Report on plague and inoculation in the Punjab from October 1st ... to September 30th..., being the ... season of plague in the province
Disease focus: Plague
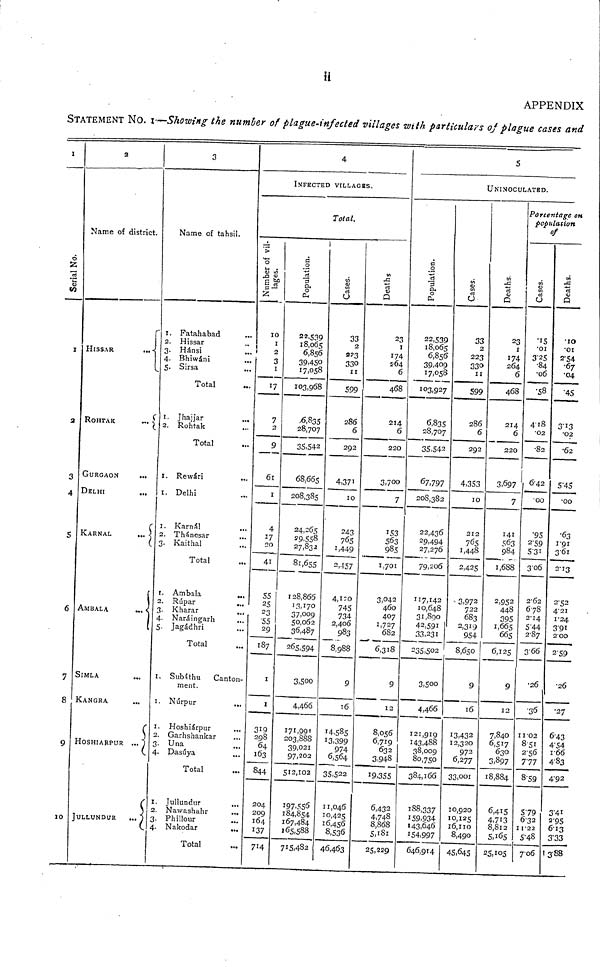
ii
APPENDIX
STATEMENT NO. I-—Showing the number of plague-infected villages with particular's of plague cases and
I
Serial No.
1
s
3
4
S
6
7
S
9
10
2
Name of district.
HISSAR
...
ROHTAK
...
GURGAON
...
DELHI
KARKAL
...
AMBALA
SIMLA
...
KANGRA
HOSHIARPUR ...
JULLUNDUR
... 1
3
Name of tahsil.
1.
Fatahabad
...
2. Hissar
3. Hánsi
4. Bhiwáni
5. Sirsa
Total
1. Jhajjar
...
2. Rohtak
Total
I. Rewári
...
1. Delhi
1. Karnál
2. Thánesar
3. Kaithal
...
Total
1. Ambala
...
2. Rúpar
3. Kharar
...
4. Naráingarh
S. Jagádhri
Total
1. Subáthu
Canton-
ment.
1. Núrpur
1. Hoshiárpur
2. Garhshankar
3- Una
4. Dasúya
Total
1. Jullundur
...
2. Nawashahr
3. Phillour
4. Nakodar
...
Total
4
INFECTED VILLAGES.
Total.
Number of Villages.
10
1
3
1
7
2
9
61
1
4
27
20
41
55
25
23
55
29
187
1
1
319
298
64
163
844
204
209
164
137
714
Population.
22,539
18,065
6,856
39,450
17.058
103,968
6835
28,707
35,542
68,665
208,385
24,265
29,558
27,832
81,655
128,866
13,170
37,009
50,062
36,487
265,594
3,500
4,466
171,991
203,888
39,021
97,202
512,102
197,556
184,854
167,484
165,588
715,482
Cases.
33
2
223
330
11
599
286
6
292
4,371
10
243
765
1,449
2,-157
4,120
745
734
2,406
983
8,988
9
16
14,585
13,399
974
6,564
35,522
11,046
10,425
16,456
8,536
46,463
Deaths.
23
1
174
264
6
468
214
6
220
3,700
7
153
563
985
1,701
3,042
460
407
1,727
682
6,318
9
12
8,056
6,719
632
3,948
19,355
6,432
4,748
8,868
5,181
25,229
5
UNINOCULATBD.
Population.
22,539
18,065
6,856-
39,409
17,058
103,927
6,835
28,707
35,542
67,797
208,382
22,436
29,494
27,276
79,206
117,142
10,648
31,890
42,591
33,231
235,502
3,500
4,466
121,919
143,488
38,009
80,750
384,166
188,337
159.934
143,646
154,997
646,914
Cases.
33
2
223
330
11
599
286
6
292
4,353
10
212
765
1,448
2,425
3,972
722
683
2,319
954
8,650
9
16
13,432
12,320
972
6,277
33,001
10,920
10,125
16,110
8,490
45,645
Deaths.
23
1
174
264
6
468
214
6
220
3,697
7
141
563
984
1,688
2,952
448
395
1,665
665
6,125
9
12
7,840
6,517
630
3,S97
18,884
6,415
4,713
8,812
5,165
25,105
Porcentagc OH
population
of
Cases.
'15
•01
3.25
•84
•06
•58
418
•02
•82
6-42
•00
•95
2'59
5-31
306
2-62
678
2-14
5'44
287
366
•26
•36
11'02
8-51
2-56
777
8-59
579
632
1122
5-48
706
Deaths.
•10
•01
2-54
•67
•04
•45
3-13
•02
•62
5 -45
•00
•63
1-91
3'61
2-13
2'52
4-21
1-24
391
2'00
2-59
•26
•27
643
4-54
1-66
4'83
4-92
3'4i
2-95
613
3'33